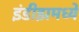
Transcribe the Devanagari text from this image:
इंडीझमध्ये